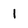
Character: l